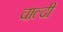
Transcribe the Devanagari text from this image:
चाल्दी